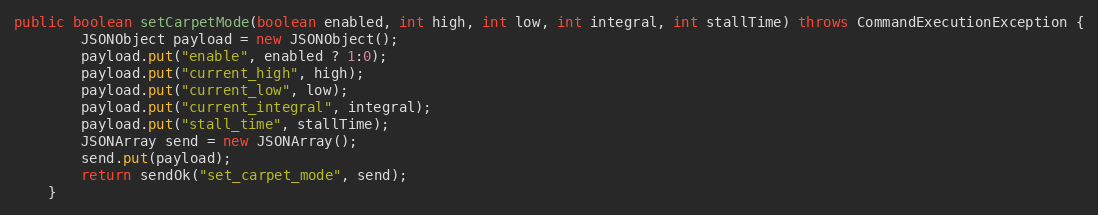
Language: Java
public boolean setCarpetMode(boolean enabled, int high, int low, int integral, int stallTime) throws CommandExecutionException {
        JSONObject payload = new JSONObject();
        payload.put("enable", enabled ? 1:0);
        payload.put("current_high", high);
        payload.put("current_low", low);
        payload.put("current_integral", integral);
        payload.put("stall_time", stallTime);
        JSONArray send = new JSONArray();
        send.put(payload);
        return sendOk("set_carpet_mode", send);
    }